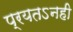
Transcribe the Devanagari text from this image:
प्रयतऽनही